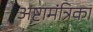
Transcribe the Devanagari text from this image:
अष्टामंत्रिका